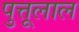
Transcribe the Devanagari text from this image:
पुत्तूलाल